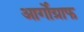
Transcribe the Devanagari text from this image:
आर्गोग्राफ